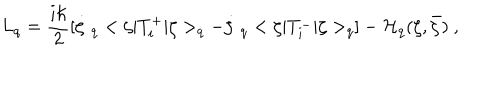
L _ { q } = \frac { i \hbar } { 2 } [ \dot { \zeta } \ _ { q } < \zeta | T _ { i } ^ { + } | \zeta > _ { q } - \dot { \zeta } \ _ { q } < \zeta | T _ { i } ^ { - } | \zeta > _ { q } ] - { \cal H } _ { q } ( \zeta , \bar { \zeta } ) \ ,